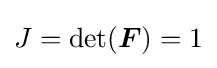
J=\det({\boldsymbol {F}})=1